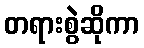
တရားစွဲဆိုကာ